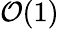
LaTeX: {\cal\mathcal{O}}(1)